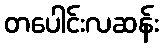
တပေါင်းလဆန်း